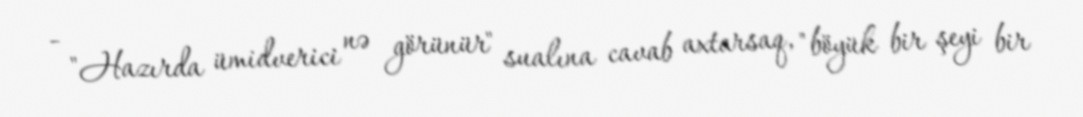
- "Hazırda ümidverici nə görünür" sualına cavab axtarsaq, "böyük bir şeyi bir